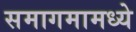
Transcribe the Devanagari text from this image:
समागमामध्ये